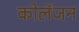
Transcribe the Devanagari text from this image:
कोलॅजन